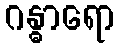
ဂန္ဓာရော